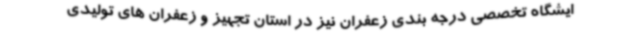
ایشگاه تخصصی درجه بندی زعفران نیز در استان تجهیز و زعفران های تولیدی